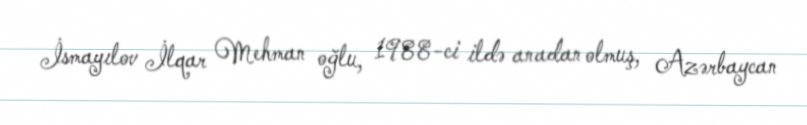
İsmayılov İlqar Mehman oğlu, 1988-ci ildə anadan olmuş, Azərbaycan